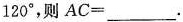
120°，则AC=___。